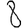
Digit: 8